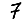
Digit: 7